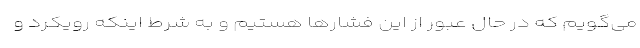
می‌گویم که در حال عبور از این فشارها هستیم و به شرط اینکه رویکرد و